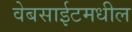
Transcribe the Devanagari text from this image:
वेबसाईटमधील